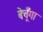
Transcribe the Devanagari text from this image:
बेचूँगा